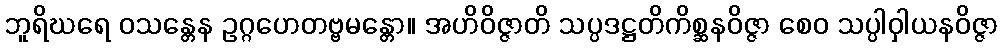
ဘူရိဃရေ ဝသန္တေန ဥဂ္ဂဟေတဗ္ဗမန္တော။ အဟိဝိဇ္ဇာတိ သပ္ပဒဋ္ဌတိကိစ္ဆနဝိဇ္ဇာ စေဝ သပ္ပါဝှါယနဝိဇ္ဇာ